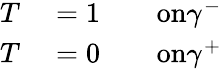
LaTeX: \begin{array}{rlrl}{T}&{{}=1}&{}&{{}\textnormal{on}\gamma^{-}}\\ {T}&{{}=0}&{}&{{}\textnormal{on}\gamma^{+}}\end{array}